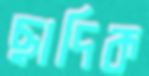
ছাদিক